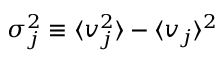
\sigma _ { j } ^ { 2 } \equiv \langle v _ { j } ^ { 2 } \rangle - \langle v _ { j } \rangle ^ { 2 }